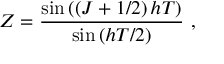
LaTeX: Z = { \frac { \sin \left( \left( J + 1 / 2 \right) h T \right) } { \sin \left( h T / 2 \right) } } \ ,